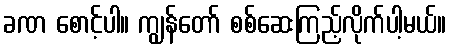
ခဏ စောင့်ပါ။ ကျွန်တော် စစ်ဆေးကြည့်လိုက်ပါ့မယ်။